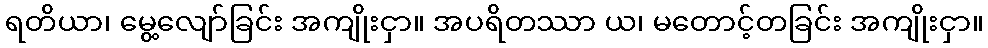
ရတိယာ၊ မွေ့လျော်ခြင်း အကျိုးငှာ။ အပရိတဿာ ယ၊ မတောင့်တခြင်း အကျိုးငှာ။